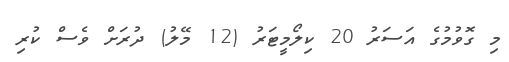
މި ގޮވުމުގެ އަސަރު 20 ކިލޯމީޓަރު (12 މޭލު) ދުރަށް ވެސް ކުރި